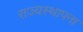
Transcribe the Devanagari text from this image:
राज्यस्थापना